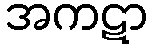
အကဋာ